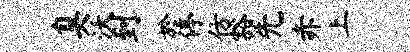
臭沃到於停仿豁先赤上